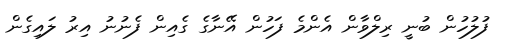
ފުލުހުން ބުނީ ރިލްވާން އެންމެ ފަހުން އޭނާގެ ގެއިން ފެނުނު އިރު ލައިގެން